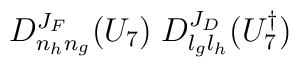
D^{J_F}_{n_hn_g}(U_7)\;D^{J_D}_{l_gl_h}(U_7^\dagger)